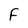
Character: F